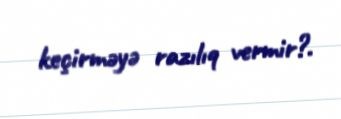
keçirməyə razılıq vermir?.